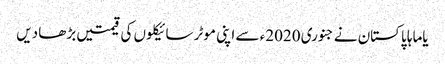
یاماہا پاکستان نے جنوری 2020ء سے اپنی موٹر سائیکلوں کی قیمتیں بڑھا دیں